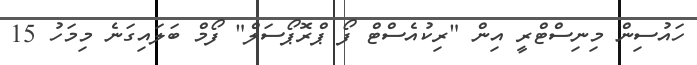
ހައުސިން މިނިސްޓްރީ އިން "ރިކުއެސްޓް ފޯ ޕްރޮޕޯސަލް" ފޯމް ބަލައިގަނެ މިމަހު 15